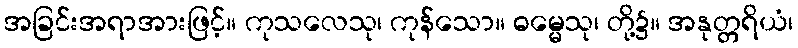
အခြင်းအရာအားဖြင့်။ ကုသလေသု၊ ကုန်သော။ ဓမ္မေသု၊ တို့၌။ အနုတ္တရိယံ၊